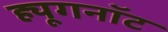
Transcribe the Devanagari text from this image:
ह्यूगनॉट